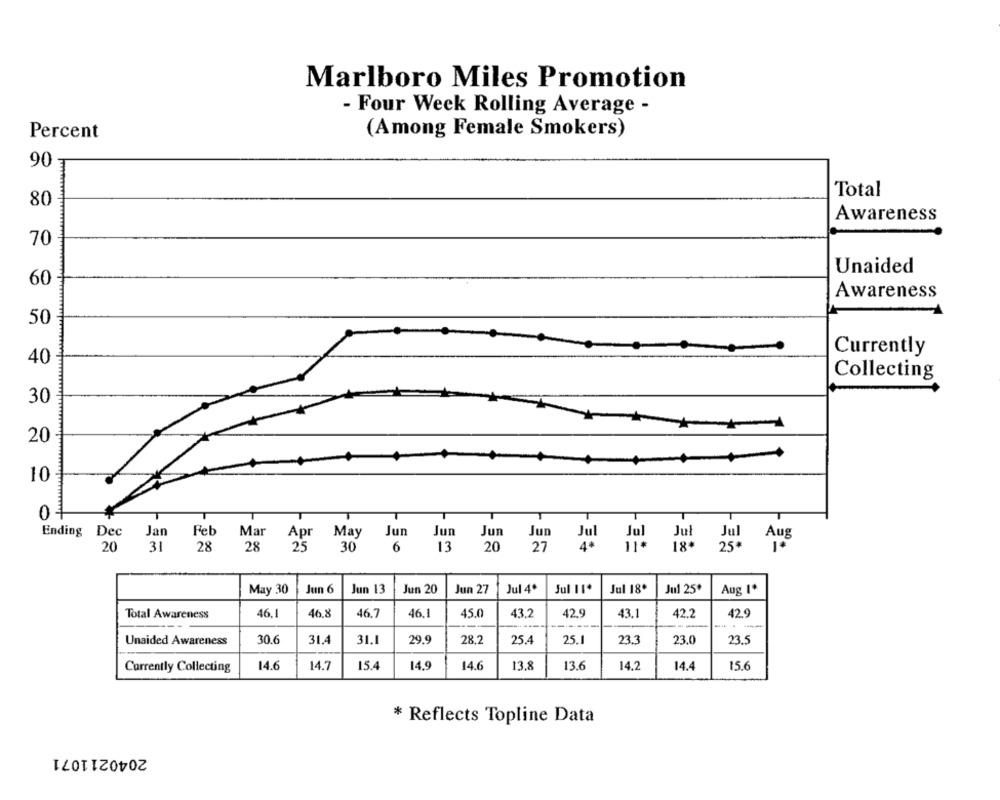
Marlboro Miles Promotion
- Four Week Rolling Average -
Percent
(Among Female Smokers)
90
Total
80
Awareness
70
Unaided
60
Awareness
50
Currently
40
Collecting
30
-
20
10
0
Ending Dec
Jan
Feb
Mar
Apr
May
Jur
Jun
Jun
Jun
Jul
Jul Aug
20
31
28
28
25
30
6
13
20
27
4. 11.
18.
25*
May 30
Jun 6
Jun 13
Jun 20
Jun 27
Jul 4º
Jul 11.
Jul 18
Jul 25º
Aug I*
Total Awareness
46.1
46.8
46.7
46.1
45.0
43,2
42,9
43.1
42.2
42.9
Unaided Awareness
30.6
31.4
31.1
29.9
28.2
25.4
25.1
23.3
23.0
23.5
Currently Collecting
14.6
14.7
15.4
14.9
14.6
13.8
13.6
14.2
14.
15.6
* Reflects Topline Data
2040211071